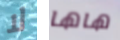
لا هاها